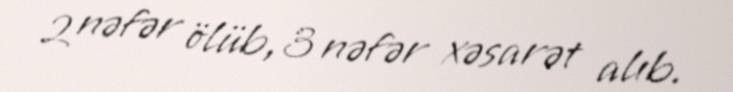
2 nəfər ölüb, 3 nəfər xəsarət alıb.